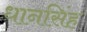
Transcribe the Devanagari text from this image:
धानसिंह